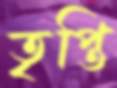
তৃপ্তি